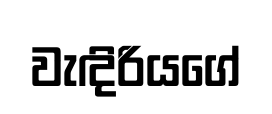
වැඳිරියගේ